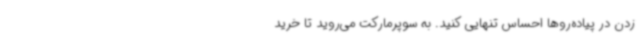
زدن در پیاده‌روها احساس تنهایی کنید. به سوپرمارکت می‌روید تا خرید